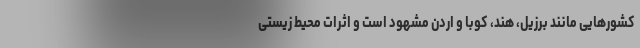
کشورهایی مانند برزیل، هند، کوبا و اردن مشهود است و اثرات محیط زیستی